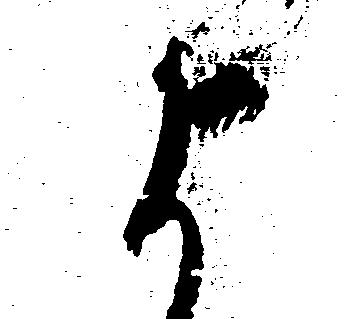
よ